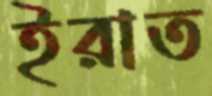
ইরাত